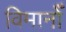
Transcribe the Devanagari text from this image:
विमानोँ